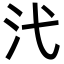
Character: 𪵫